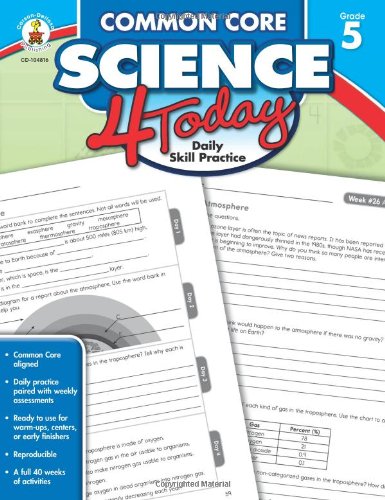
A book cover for Common Core Science 4 Today, Grade 5: Daily Skill Practice (Common Core 4 Today); Education & Teaching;